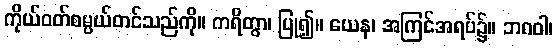
ကိုယ်ဝတ်စမ္ပယ်တင်သည်ကို။ ကရိတွာ၊ ပြု၍။ ယေန၊ အကြင်အရပ်၌။ ဘဂဝါ၊